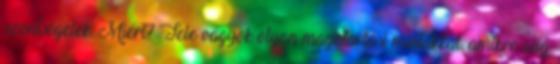
szentségelek. Miért? Tele vagyok olyan magatartási mintákkal, amikre alig